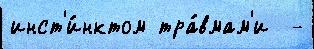
инст'и́нктом тра́вмам'и  -